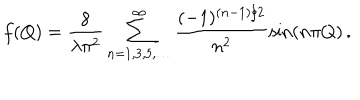
f ( Q ) = \frac { 8 } { \lambda \pi ^ { 2 } } \sum _ { n = 1 , 3 , 5 , \ldots } ^ { \infty } \frac { ( - 1 ) ^ { ( n - 1 ) / 2 } } { n ^ { 2 } } \sin ( n \pi Q ) \, .